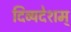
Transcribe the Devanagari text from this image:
दिव्यदेशम्